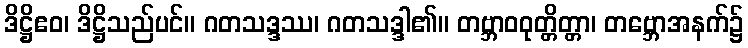
ဒိဋ္ဌိဧဝ၊ ဒိဋ္ဌိသည်ပင်။ ဂတသဒ္ဒဿ၊ ဂတသဒ္ဒါ၏။ တဗ္ဘာဝဝုတ္တိတ္တာ၊ တဗ္ဘောအနက်၌